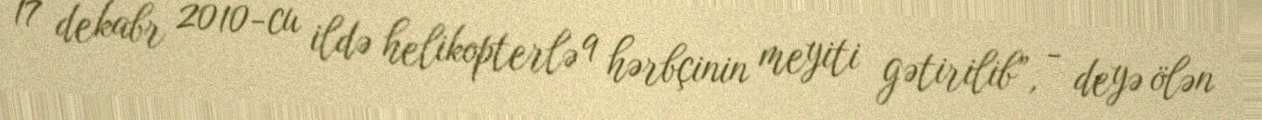
17 dekabr 2010-cu ildə helikopterlə 9 hərbçinin meyiti gətirilib”, - deyə ölən